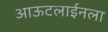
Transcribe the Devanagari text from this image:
आऊटलाईनला